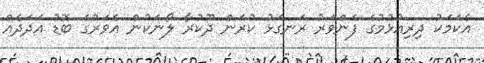
އެކަމަކު ދިރިއުޅުމުގެ ފެންވަރު ރަނގަޅު ކުރަން ދޫކުރާ ލޯނަކުން އެވަރުގެ ބޮޑު އަދަދެއް